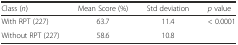
| Class (n) | Mean Score (%) | Std deviation | p value |
 | --- | --- | --- | --- |
 | With RPT (227) | 63.7 | 11.4 | <ROWSPAN=2> < 0.0001 |
 | Without RPT (227) | 58.6 | 10.8 |